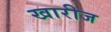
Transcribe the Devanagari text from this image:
खारीज